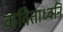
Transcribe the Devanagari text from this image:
कविताध्वनि